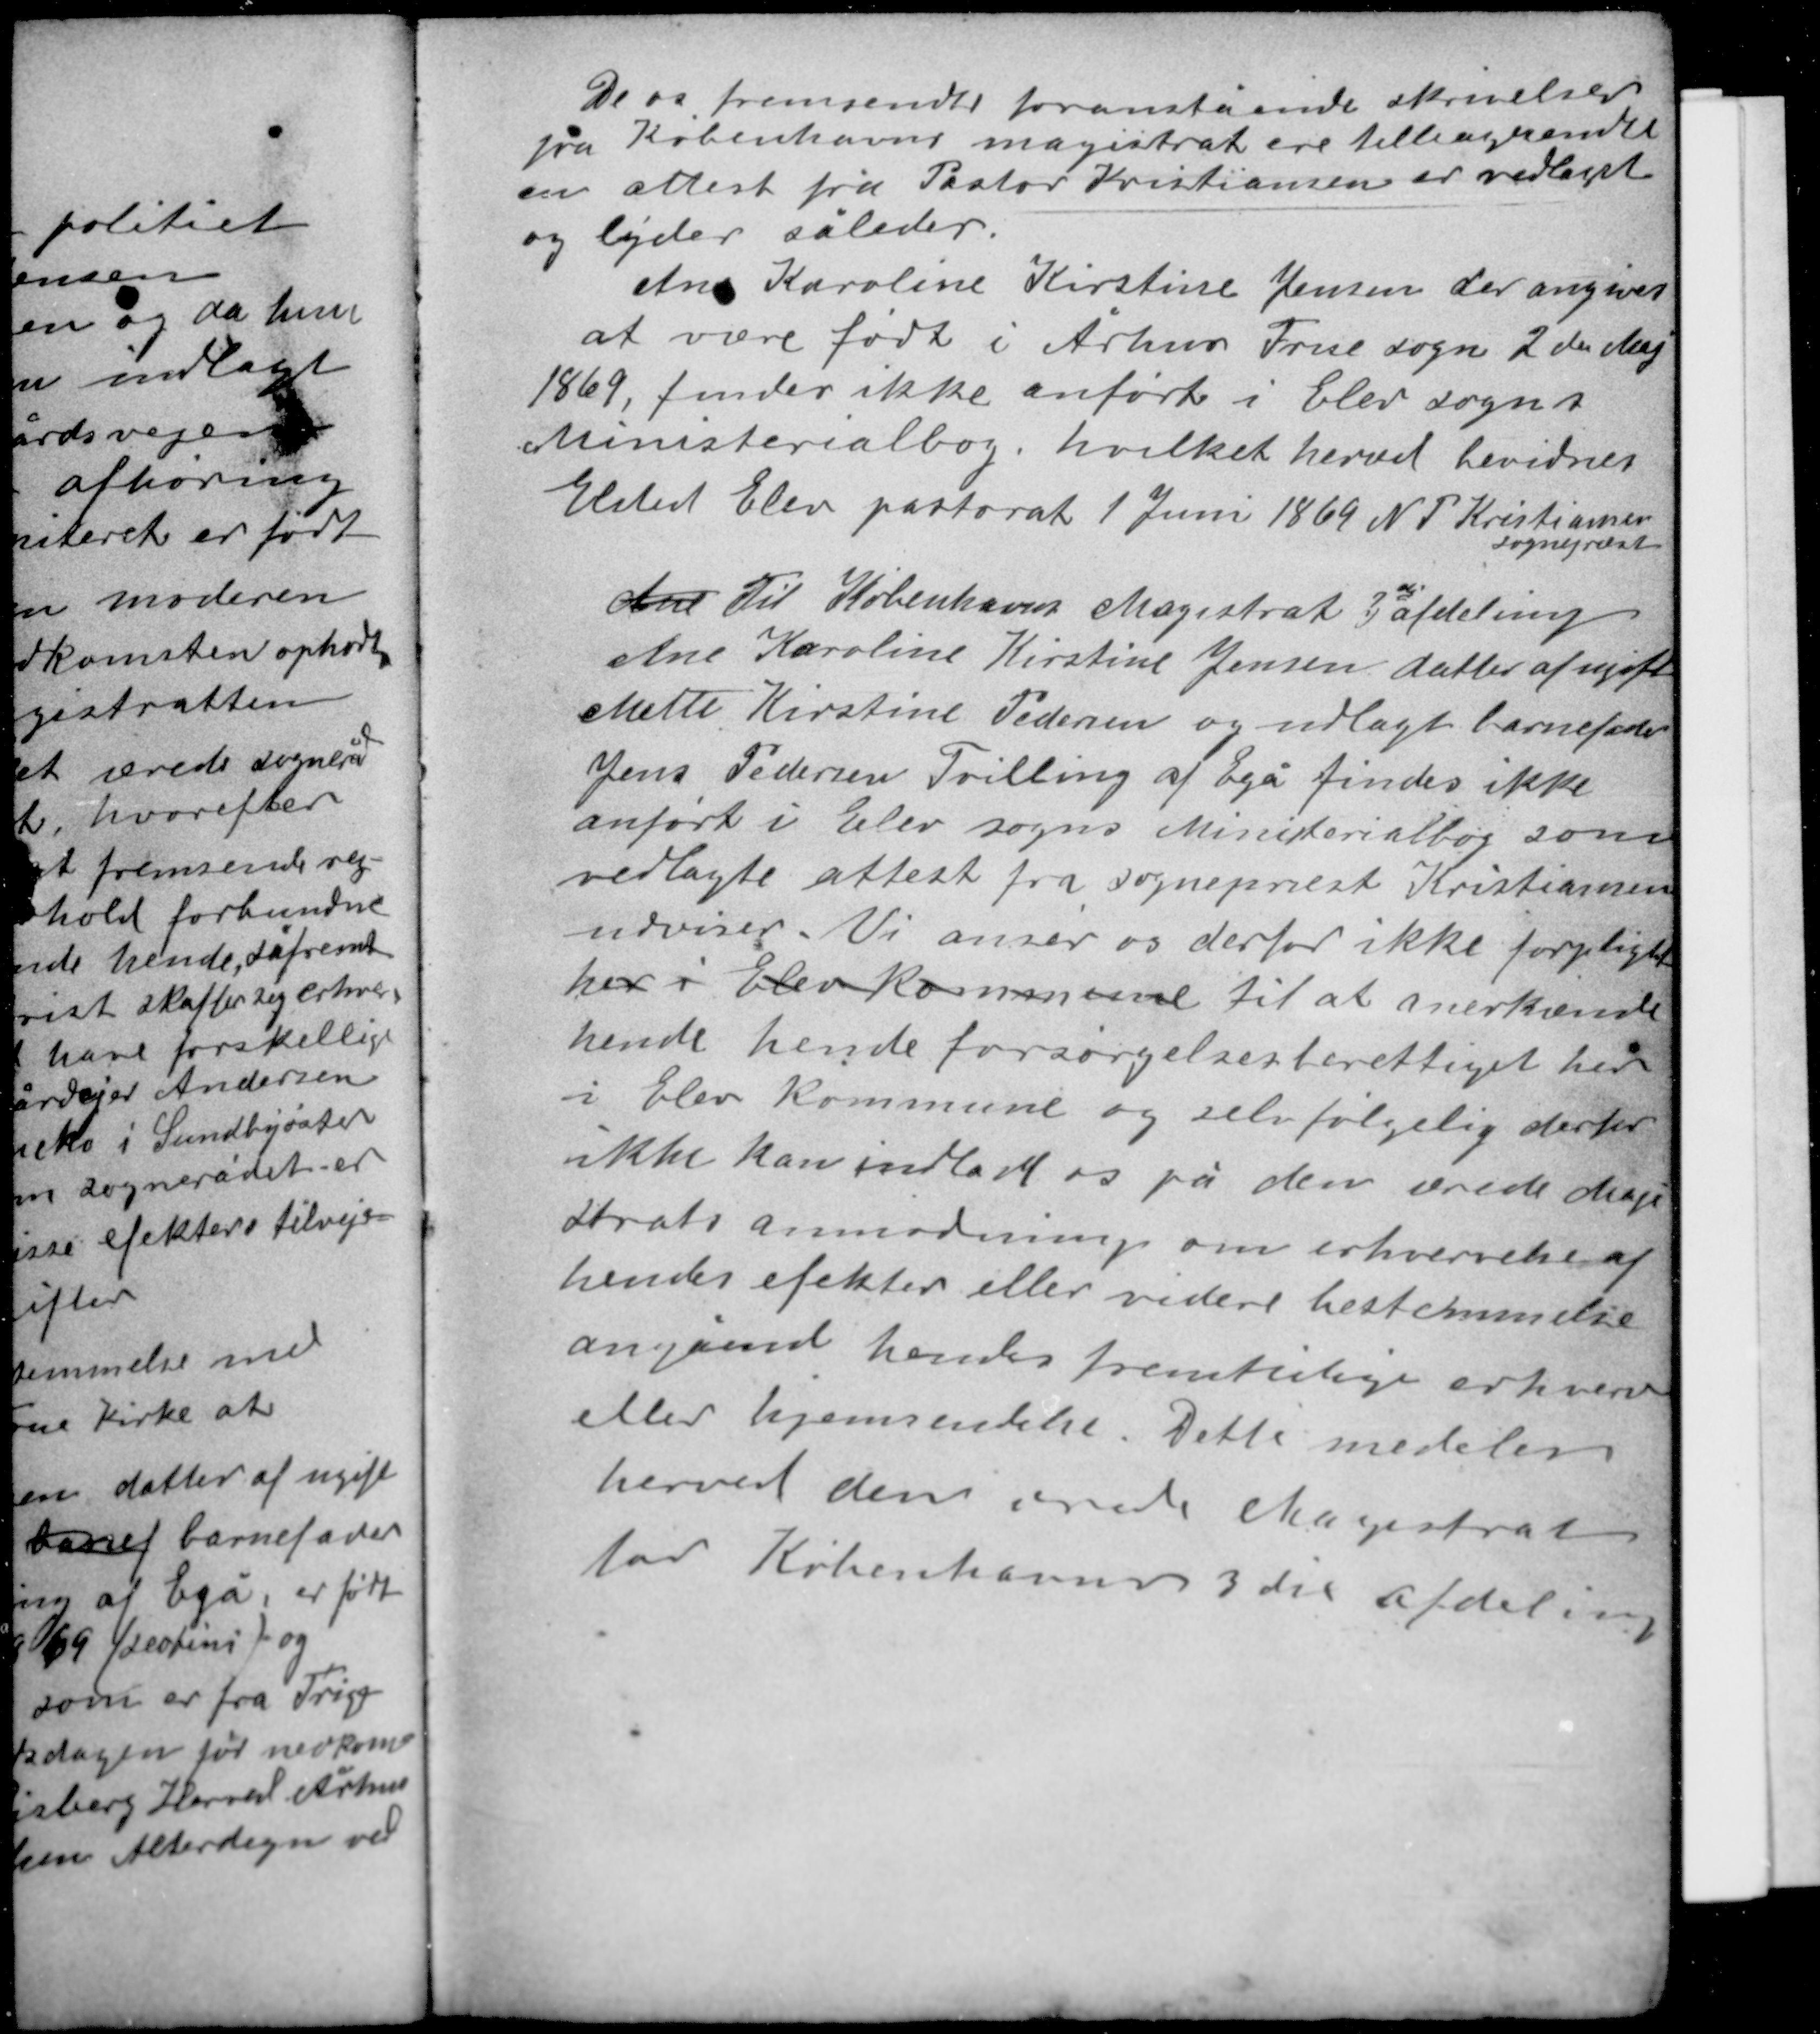
Transskription:
De os fremsendte foranstående skrivelser
fra Københavns magistrat ere tilbagesendte
en attest fra Pastor Kristiansen er vedlagt
og lyder således

Ane Karoline Kirstine Jensen der angiver
at være født i Århus Frue sogn 2den Maj
1869, findes ikke anført i Elev sogns
Ministerialbog hvilket herved bevidnes
Elsted Elev pastorat 1 Juni 1869 N. P. Kristiansen
sognepræst

Ane Til Københavns Magistrat 3die afdeling
Ane Karoline Kirstine Jensen datter af ugift
Mette Kirstine Pedersen og udlagt barnefader
Jens Pedersen Tvilling af Egå findes ikke
anført i Elev sogns Ministerialbog som
vedlagte attest fra sognepræst Kristiansen
udviser. Vi anser os derfor ikke forpligtet
her i Elev kommune til at anerkende
hende hende forsørgelsesberettiget her
i Elev kommune og selvfølgelig derfor
ikke kan indlade os på den ærede Magi-
strats anmodning om erhvervelse af
hendes efekter eller videre bestemmelse
angående hendes fremtidige erhverv
eller hjemsendelse. Dette medeles
herved den ærede Magistrat
for Københavns 3 die afdeling